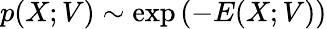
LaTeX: p({X};{V})\sim\exp{(-E({X};{V}))}